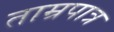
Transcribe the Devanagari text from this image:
ताम्रपात्र